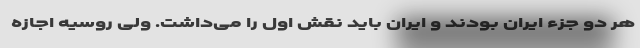
هر دو جزء ایران بودند و ایران باید نقش اول را می‌داشت. ولی روسیه اجازه